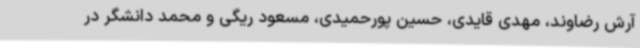
آرش رضاوند، مهدی قایدی، حسین پورحمیدی، مسعود ریگی و محمد دانشگر در